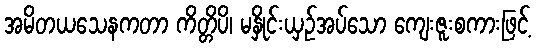
အမိတယသေနကတာ ကိတ္တိပိ၊ မနှိုင်းယှဉ်အပ်သော ကျေးဇူးစကားဖြင့်